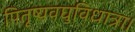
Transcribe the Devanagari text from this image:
पितृष्यवघुविधात्रा।